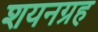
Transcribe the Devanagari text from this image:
शयनग्रह